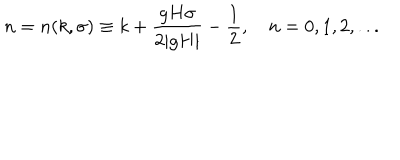
n = n ( k , \sigma ) \equiv k + \frac { g H \sigma } { 2 | g H | } - \frac { 1 } { 2 } , ~ n = 0 , 1 , 2 , . . .